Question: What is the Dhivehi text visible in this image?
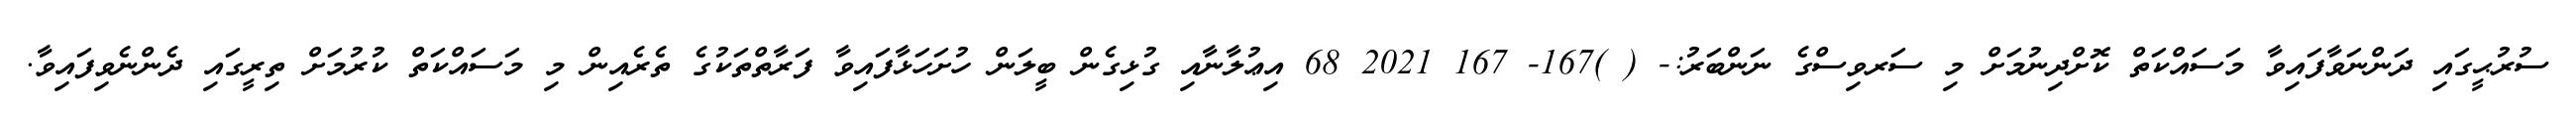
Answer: ސުރުޙީގައި ދަންނަވާފައިވާ މަސައްކަތް ކޮށްދިނުމަށް މި ސަރވިސްގެ ނަންބަރު:- ( )167- 167 2021 68 އިޢުލާނާއި ގުޅިގެން ބީލަން ހުށަހަޅާފައިވާ ފަރާތްތަކުގެ ތެރެއިން މި މަސައްކަތް ކުރުމަށް ތިރީގައި ދެންނެވިފައިވާ.